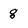
Character: 8